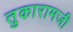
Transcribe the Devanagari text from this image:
तुकारामजी